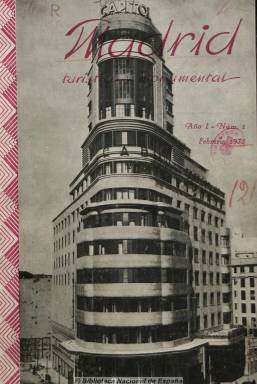
Título: Madrid turístico y monumental
Colección: Revistas turísticas y de viajes
Ámbito geográfico: Madrid
Lugar de publicación: Madrid
Fechas: 01/02/1935-30/04/1936

Revista mensual del Sindicato de Iniciativas de Madrid, afiliado a la Federación Española de Sindicatos de Iniciativas y Turismo, que tiene como objeto el fomento del turismo y la atracción de visitantes a la capital de España. Incluye reportajes sobre rincones típicos, costumbres, monumentos y paisajes, como la Casa de Campo, el Rastro, el Parque del Oeste, el Museo del Prado, la Sierra de Guadarrama, el hipódromo, cines, excursiones, etc. También da cuenta de un índice provincial de los atractivos turísticos, naturalistas, culturales y costumbristas de sus municipios; una guía de monumentos, museos, hoteles o restaurantes, así como de paradores y albergues del Patronato Nacional de Turismo, etc. En ella publican artículos Ramón Gómez de la Serna y Federico Sainz de Robles, y está profusamente ilustrada con fotografías de edificios monumentales y modernos de Madrid, calles, etc., de Alfonso, Rapide y Loty, y algunos grabados antiguos de la ciudad. Ofrece también reportajes de tipo cultural, como la celebración de la Feria del Libro o la de los centenarios de Lope de Vega y Larra. Se editó en números de una veintena de páginas, entre 1935 y 1936.